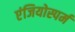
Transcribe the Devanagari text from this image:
एंजियोस्पर्म